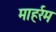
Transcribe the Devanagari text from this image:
माहर्रम